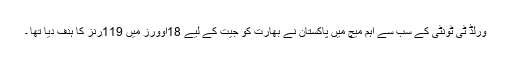
ورلڈ ٹی ٹونٹی کے سب سے اہم میچ میں پاکستان نے بھارت کو جیت کے لیے 18اوورز میں 119رنز کا ہدف دیا تھا ۔